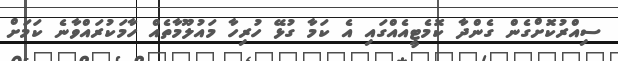
ސިއްރުކޮށްގެން ގެންދާ ކޮމެޓީއެއްގައި އެ ކަމާ ގުޅޭ ހުރިހާ މައުލޫމާތެއް ހާމަކުރައްވާނެ ކަމަށް